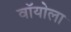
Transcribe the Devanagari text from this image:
वॉयोला